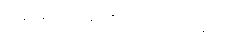
အရေးအခင်းပေါ်လာသည်။